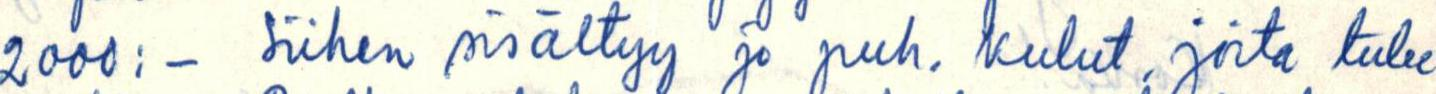
2000:- Siihen sisältyy jo puh. kulut, joita tulee